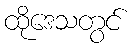
ထိုဒေသတွင်